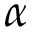
\alpha